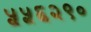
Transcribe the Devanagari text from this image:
५५६२९०